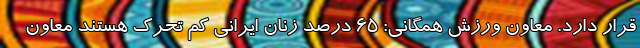
قرار دارد. معاون ورزش همگانی: 65 درصد زنان ایرانی کم تحرک هستند معاون